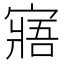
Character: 寤